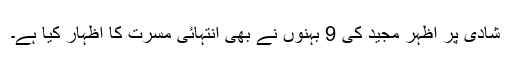
شادی پر اظہر مجید کی 9 بہنوں نے بھی انتہائی مسرت کا اظہار کیا ہے۔